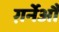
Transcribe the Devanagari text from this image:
ग़र्नेऔ